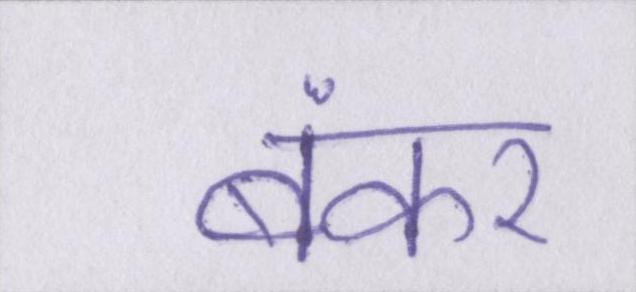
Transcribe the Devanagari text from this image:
बंकर